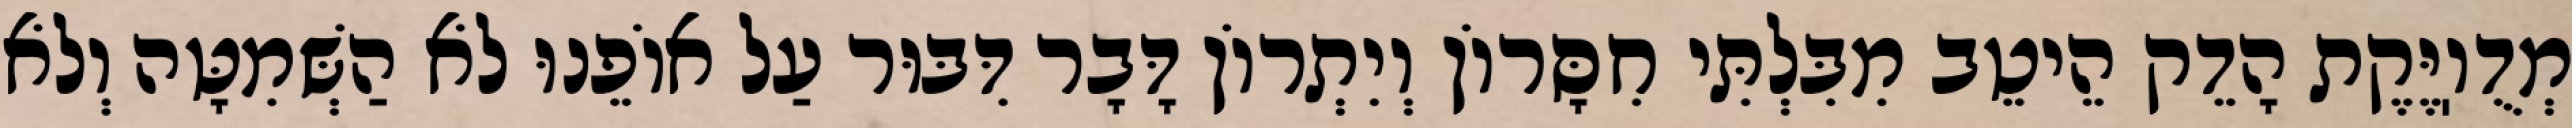
מְדֻוֽיֶּקֶת הָדֵק הֵיטֵב מִבִּלְתִּי חִסָּרוֹן וְיִתְרוֹן דָּבָר דִּבּוּר עַל אוֹפֵנוּ לֹא הַשְּׁמִטָּה וְלֹא